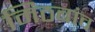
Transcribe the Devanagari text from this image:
मिठबांव